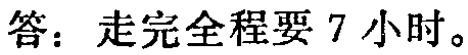
答：走完全程要 7 小时。